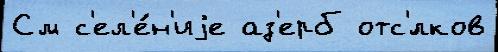
См с'ел'е́н'иjе аз'ерб отс'́лков